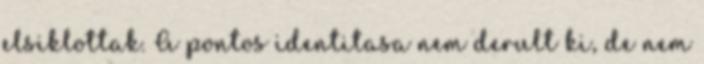
elsiklottak. A pontos identitasa nem derult ki, de nem